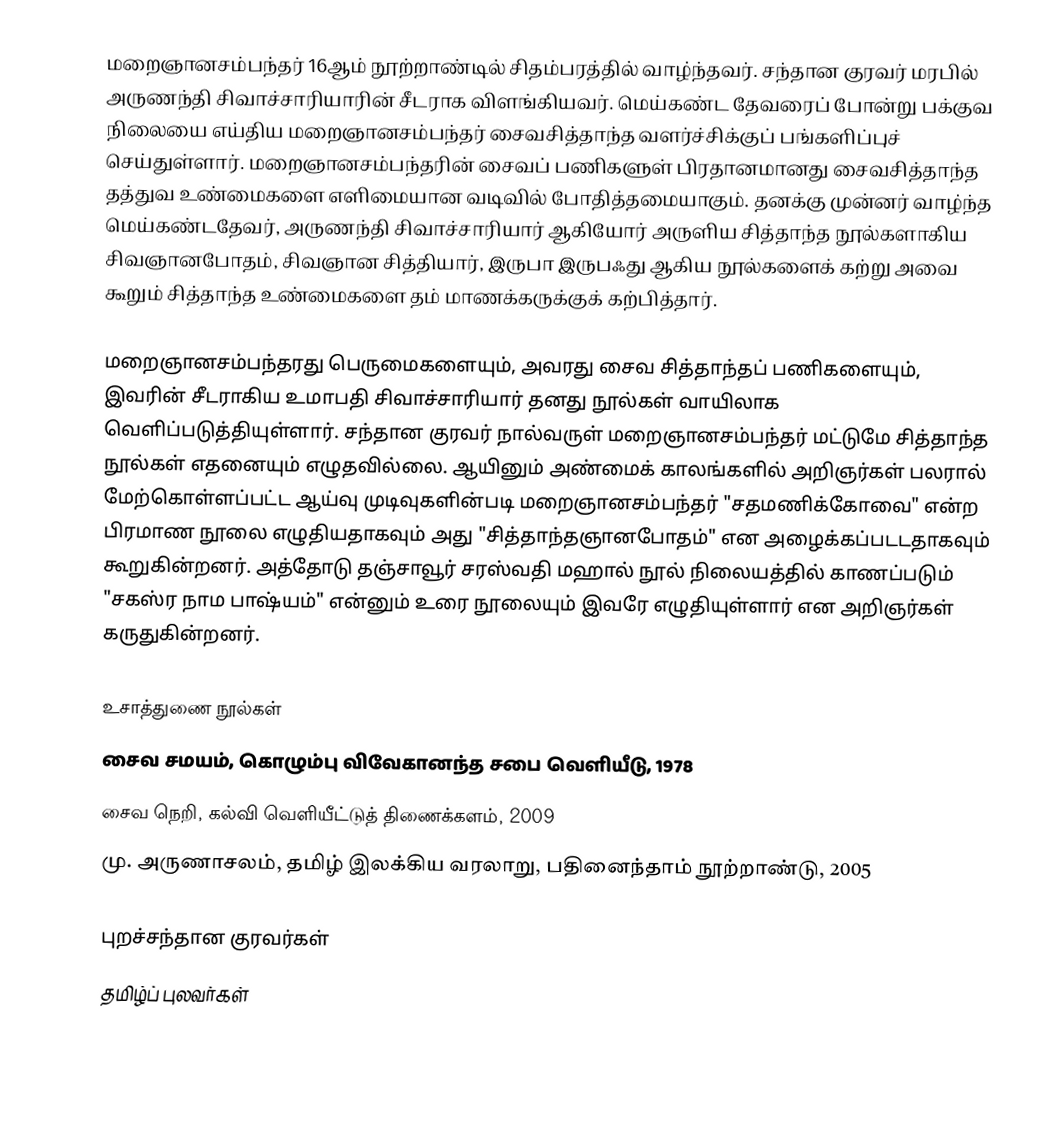
மறைஞானசம்பந்தர் 16ஆம் நூற்றாண்டில் சிதம்பரத்தில் வாழ்ந்தவர். சந்தான குரவர் மரபில்  அருணந்தி சிவாச்சாரியாரின் சீடராக விளங்கியவர். மெய்கண்ட தேவரைப் போன்று பக்குவ நிலையை எய்திய மறைஞானசம்பந்தர் சைவசித்தாந்த வளர்ச்சிக்குப் பங்களிப்புச் செய்துள்ளார். மறைஞானசம்பந்தரின் சைவப் பணிகளுள் பிரதானமானது சைவசித்தாந்த தத்துவ உண்மைகளை எளிமையான வடிவில் போதித்தமையாகும். தனக்கு முன்னர் வாழ்ந்த மெய்கண்டதேவர், அருணந்தி சிவாச்சாரியார் ஆகியோர் அருளிய சித்தாந்த நூல்களாகிய சிவஞானபோதம், சிவஞான சித்தியார், இருபா இருபஃது ஆகிய நூல்களைக் கற்று அவை கூறும் சித்தாந்த உண்மைகளை தம் மாணக்கருக்குக் கற்பித்தார்.

மறைஞானசம்பந்தரது பெருமைகளையும், அவரது சைவ சித்தாந்தப் பணிகளையும், இவரின் சீடராகிய உமாபதி சிவாச்சாரியார் தனது நூல்கள் வாயிலாக வெளிப்படுத்தியுள்ளார். சந்தான குரவர் நால்வருள் மறைஞானசம்பந்தர் மட்டுமே சித்தாந்த நூல்கள் எதனையும் எழுதவில்லை. ஆயினும் அண்மைக் காலங்களில் அறிஞர்கள் பலரால் மேற்கொள்ளப்பட்ட ஆய்வு முடிவுகளின்படி மறைஞானசம்பந்தர் "சதமணிக்கோவை" என்ற பிரமாண நூலை எழுதியதாகவும் அது "சித்தாந்தஞானபோதம்" என அழைக்கப்படடதாகவும் கூறுகின்றனர். அத்தோடு தஞ்சாவூர் சரஸ்வதி மஹால் நூல் நிலையத்தில் காணப்படும் "சகஸ்ர நாம பாஷ்யம்" என்னும் உரை நூலையும் இவரே எழுதியுள்ளார் என அறிஞர்கள் கருதுகின்றனர்.

உசாத்துணை நூல்கள்
 சைவ சமயம், கொழும்பு விவேகானந்த சபை வெளியீடு, 1978
 சைவ நெறி, கல்வி வெளியீட்டுத் திணைக்களம், 2009
மு. அருணாசலம், தமிழ் இலக்கிய வரலாறு, பதினைந்தாம் நூற்றாண்டு, 2005

புறச்சந்தான குரவர்கள்
தமிழ்ப் புலவர்கள்